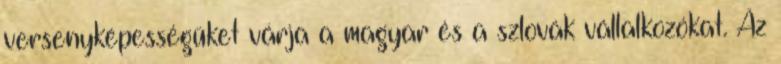
versenyképességüket várja a magyar és a szlovák vállalkozókat. Az